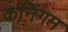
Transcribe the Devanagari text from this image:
कनिंगम